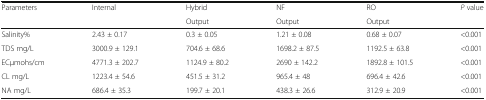
<table><thead><tr><td rowspan="2"><b>Parameters</b></td><td rowspan="2"><b>Internal</b></td><td><b>Hybrid</b></td><td><b>NF</b></td><td><b>RO</b></td><td rowspan="2"><b><i>P</i> value</b></td></tr><tr><td><b>Output</b></td><td><b>Output</b></td><td><b>Output</b></td></tr></thead><tbody><tr><td>Salinity%</td><td>2.43 ± 0.17</td><td>0.3 ± 0.05</td><td>1.21 ± 0.08</td><td>0.68 ± 0.07</td><td>&lt;0.001</td></tr><tr><td>TDS mg/L</td><td>3000.9 ± 129.1</td><td>704.6 ± 68.6</td><td>1698.2 ± 87.5</td><td>1192.5 ± 63.8</td><td>&lt;0.001</td></tr><tr><td>ECμmohs/cm</td><td>4771.3 ± 202.7</td><td>1124.9 ± 80.2</td><td>2690 ± 142.2</td><td>1892.8 ± 101.5</td><td>&lt;0.001</td></tr><tr><td>CL mg/L</td><td>1223.4 ± 54.6</td><td>451.5 ± 31.2</td><td>965.4 ± 48</td><td>696.4 ± 42.6</td><td>&lt;0.001</td></tr><tr><td>NA mg/L</td><td>686.4 ± 35.3</td><td>199.7 ± 20.1</td><td>438.3 ± 26.6</td><td>312.9 ± 20.9</td><td>&lt;0.001</td></tr></tbody></table>